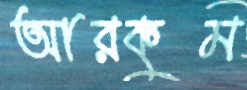
আরকুম